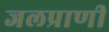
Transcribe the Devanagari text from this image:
जलप्राणी